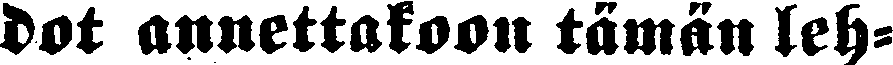
dot annettakoon tämän leh-